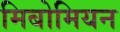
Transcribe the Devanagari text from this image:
मिबोमियन